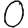
Digit: 0